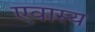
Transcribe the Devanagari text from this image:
एवास्य